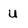
Character: u